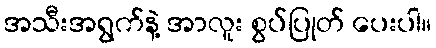
အသီးအရွက်နဲ့ အာလူး စွပ်ပြုတ် ပေးပါ။